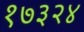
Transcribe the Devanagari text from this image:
१७३२४